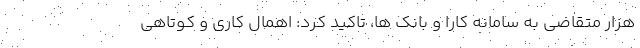
هزار متقاضی به سامانه کارا و بانک ها، تاکید کرد: اهمال کاری و کوتاهی